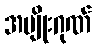
အမျိုးဂုဏ်